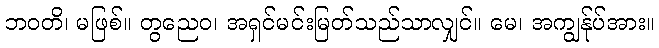
ဘဝတိ၊ မဖြစ်။ တွညေဝ၊ အရှင်မင်းမြတ်သည်သာလျှင်။ မေ၊ အကျွန်ုပ်အား။